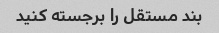
بند مستقل را برجسته کنید